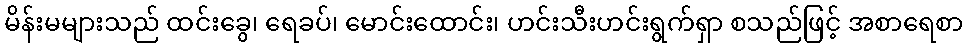
မိန်းမများသည် ထင်းခွေ၊ ရေခပ်၊ မောင်းထောင်း၊ ဟင်းသီးဟင်းရွက်ရှာ စသည်ဖြင့် အစာရေစာ